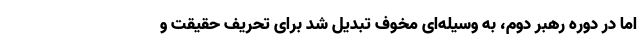
اما در دوره رهبر دوم، به وسیله‌ای مخوف تبدیل شد برای تحریف حقیقت و